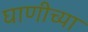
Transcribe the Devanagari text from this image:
घाणीच्या